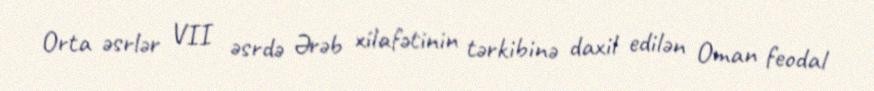
Orta əsrlər VII əsrdə Ərəb xilafətinin tərkibinə daxil edilən Oman feodal